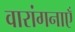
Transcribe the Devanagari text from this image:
वारांगनाएँ